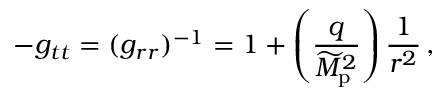
- g _ { t t } = ( g _ { r r } ) ^ { - 1 } = 1 + \left( { \frac { q } { \widetilde { M } _ { \mathrm { p } } ^ { 2 } } } \right) { \frac { 1 } { r ^ { 2 } } } \, ,